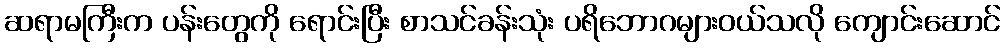
ဆရာမကြီးက ပန်းတွေကို ရောင်းပြီး စာသင်ခန်းသုံး ပရိဘောဂများဝယ်သလို ကျောင်းဆောင်